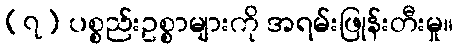
(၇) ပစ္စည်းဥစ္စာများကို အရမ်းဖြုန်းတီးမှု။